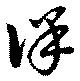
佯